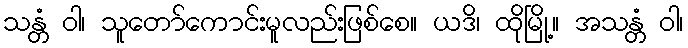
သန္တံ ဝါ၊ သူတော်ကောင်းမူလည်းဖြစ်စေ။ ယဒိ၊ ထိုမြို့။ အသန္တံ ဝါ၊